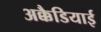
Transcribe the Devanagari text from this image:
अक्कैडियाई